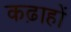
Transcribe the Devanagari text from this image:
कढ़ाहों